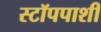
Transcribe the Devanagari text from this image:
स्टॉपपाशी